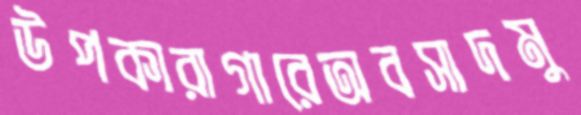
উপকারাগারেঅবসাদমু